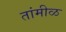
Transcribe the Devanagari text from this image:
तांमीळ